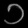
Digit: ၁